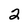
Character: 2